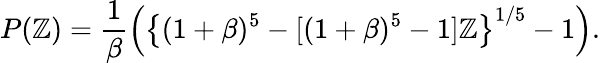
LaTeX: P(\mathbb{Z})=\frac{{1}}{{\beta}}\left(\left\{ (1+\beta)^{5}-[(1+\beta)^{5}-1]\mathbb{Z}\right\} ^{1/5}-1\right).